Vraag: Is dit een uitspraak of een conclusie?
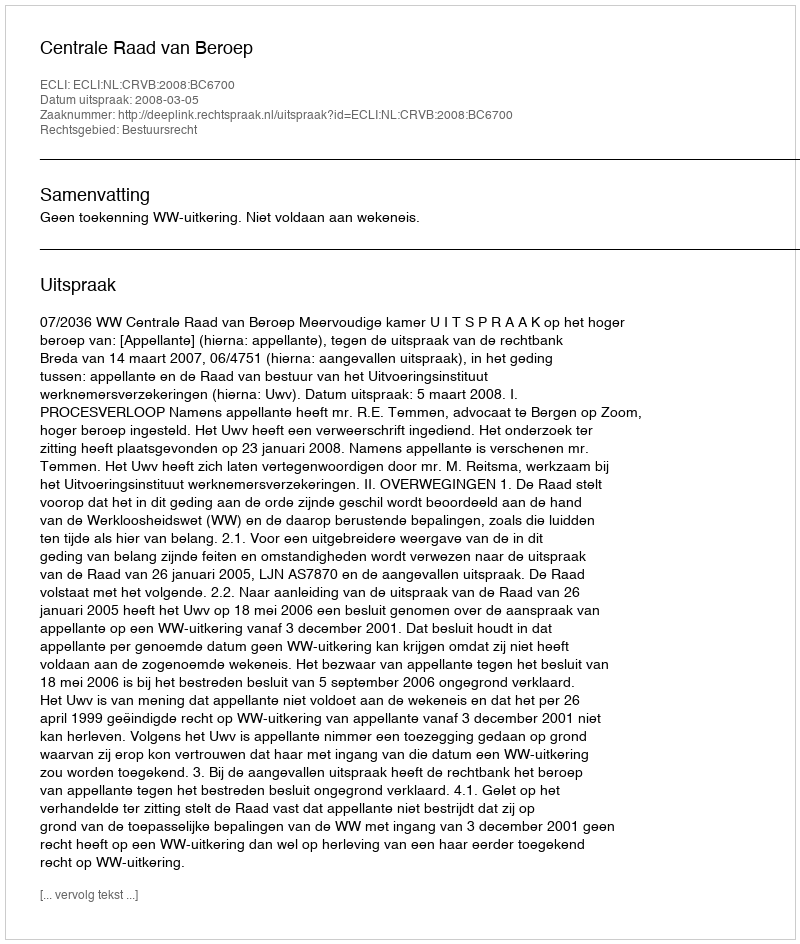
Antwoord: Uitspraak